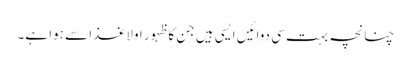
چنانچہ بہت سی دوائیں ایسی ہیں جن کا ظہور اولا غذا سے ہوا ہے۔